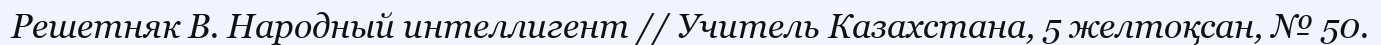
Решетняк В. Народный интеллигент // Учитель Казахстана, 5 желтоқсан, № 50.